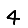
Digit: 4